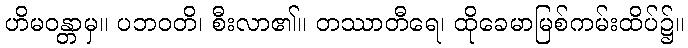
ဟိမဝန္တာမှ။ ပဘဝတိ၊ စီးလာ၏။ တဿာတီရေ၊ ထိုခေမာမြစ်ကမ်းထိပ်၌။